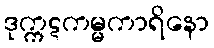
ဒုက္ကဋကမ္မကာရိနော